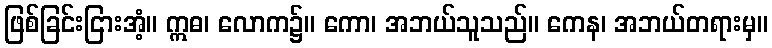
ဖြစ်ခြင်းငြားအံ့။ ဣဓ၊ လောက၌။ ကော၊ အဘယ်သူသည်။ ကေန၊ အဘယ်တရားမှ။